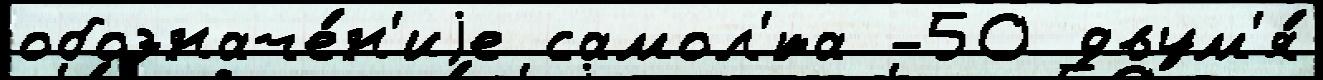
обозначе́н'иjе самол'́та -50 двум'я́